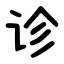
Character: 诊